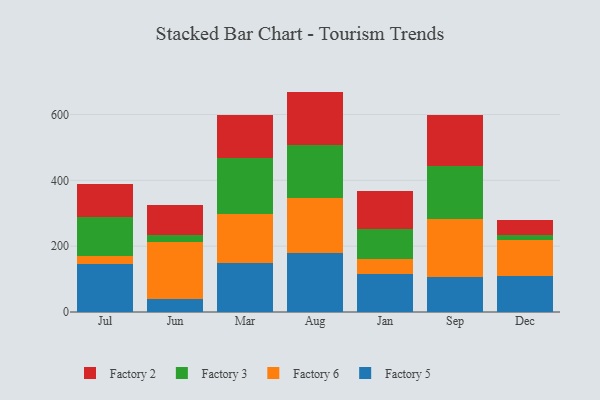
{"axis": {"x": "Month", "y": "Churn Rate (%)"}, "legend": ["Factory 2", "Factory 3", "Factory 5", "Factory 6"], "data": [{"x": "Jul", "y": 146.1, "type": "Factory 5"}, {"x": "Jul", "y": 24.9, "type": "Factory 6"}, {"x": "Jul", "y": 118.8, "type": "Factory 3"}, {"x": "Jul", "y": 98.6, "type": "Factory 2"}, {"x": "Jun", "y": 40.9, "type": "Factory 5"}, {"x": "Jun", "y": 171.6, "type": "Factory 6"}, {"x": "Jun", "y": 22.9, "type": "Factory 3"}, {"x": "Jun", "y": 88.9, "type": "Factory 2"}, {"x": "Mar", "y": 148.8, "type": "Factory 5"}, {"x": "Mar", "y": 149.8, "type": "Factory 6"}, {"x": "Mar", "y": 168.5, "type": "Factory 3"}, {"x": "Mar", "y": 131.5, "type": "Factory 2"}, {"x": "Aug", "y": 179.6, "type": "Factory 5"}, {"x": "Aug", "y": 165.8, "type": "Factory 6"}, {"x": "Aug", "y": 161.6, "type": "Factory 3"}, {"x": "Aug", "y": 162.6, "type": "Factory 2"}, {"x": "Jan", "y": 114.9, "type": "Factory 5"}, {"x": "Jan", "y": 47.5, "type": "Factory 6"}, {"x": "Jan", "y": 89.3, "type": "Factory 3"}, {"x": "Jan", "y": 114.6, "type": "Factory 2"}, {"x": "Sep", "y": 105.8, "type": "Factory 5"}, {"x": "Sep", "y": 176.5, "type": "Factory 6"}, {"x": "Sep", "y": 160.6, "type": "Factory 3"}, {"x": "Sep", "y": 156.1, "type": "Factory 2"}, {"x": "Dec", "y": 108.6, "type": "Factory 5"}, {"x": "Dec", "y": 110.2, "type": "Factory 6"}, {"x": "Dec", "y": 14.0, "type": "Factory 3"}, {"x": "Dec", "y": 47.4, "type": "Factory 2"}]}